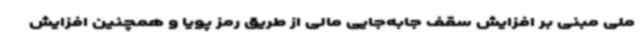
ملی مبنی بر افزایش سقف جابه‌جایی مالی از طریق رمز پویا و همچنین افزایش